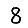
Digit: 8